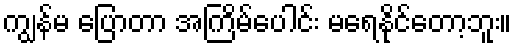
ကျွန်မ ပြောတာ အကြိမ်ပေါင်း မရေနိုင်တော့ဘူး။